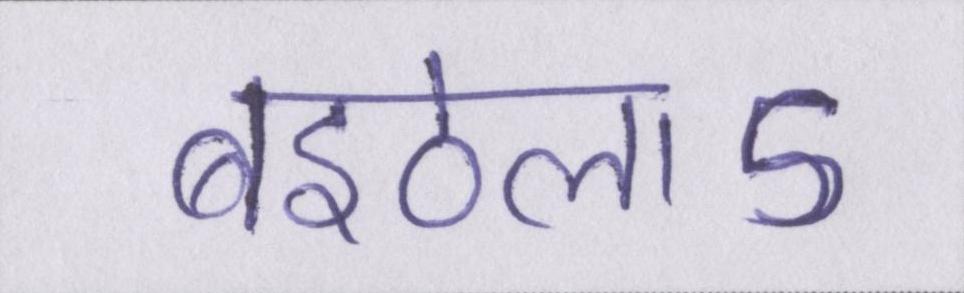
बइठेलाऽ